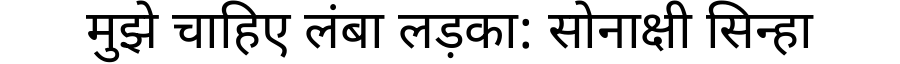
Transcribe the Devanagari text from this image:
मुझे चाहिए लंबा लड़का: सोनाक्षी सिन्हा